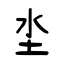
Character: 坔